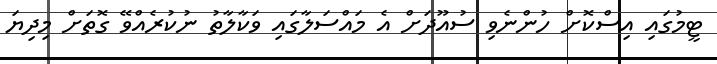
ޓީމުގައި އިސްކޮށް ހުންނެވި ސުއޫދަށް އެ މައްސަލާގައި ވަކާލާތު ނުކުރެއްވޭ ގޮތަށް މިދިޔަ